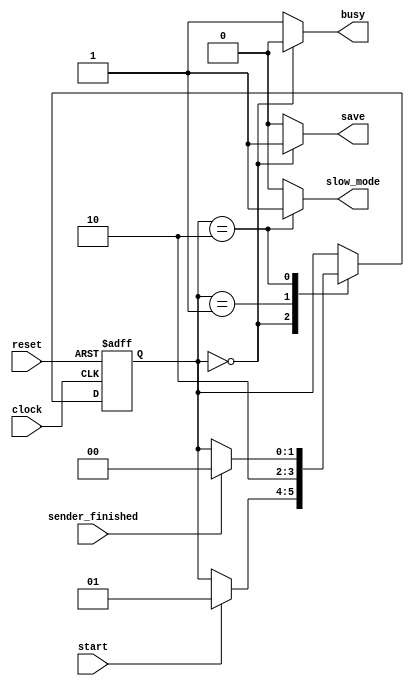
//  ,   uart_transmitter.
// 
// =   =
//  
// 2018
module uart_transmitter_fsm(start, sender_finished, clock, reset, busy, slow_mode, save);
  input start, sender_finished, clock, reset;
  output reg busy, slow_mode, save;
  
  reg [1:0] state, n_state;
  localparam integer S_IDLE = 0;
  localparam integer S_STOP_SAVE = 1;
  localparam integer S_SEND = 2;
  
  always @(posedge clock, posedge reset)
    if(reset) state <= S_IDLE;
    else state <= n_state;
  
  always @(*)
  begin
    n_state = state;
    busy = 1;
    slow_mode = 0;
    save = 0;
    case(state)
    S_IDLE:
    begin
      if(start) n_state = S_STOP_SAVE;
      busy = 0;
      save = 1;
    end
    S_STOP_SAVE:
      n_state = S_SEND;
    S_SEND:
    begin
      if(sender_finished) n_state = S_IDLE;
      slow_mode = 1;
    end
    endcase
  end
endmodule